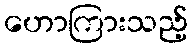
ဟောကြားသည့်